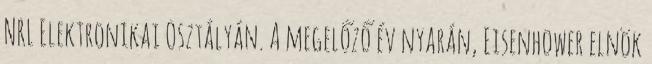
NRL Elektronikai Osztályán. A megelőző év nyarán, Eisenhower elnök